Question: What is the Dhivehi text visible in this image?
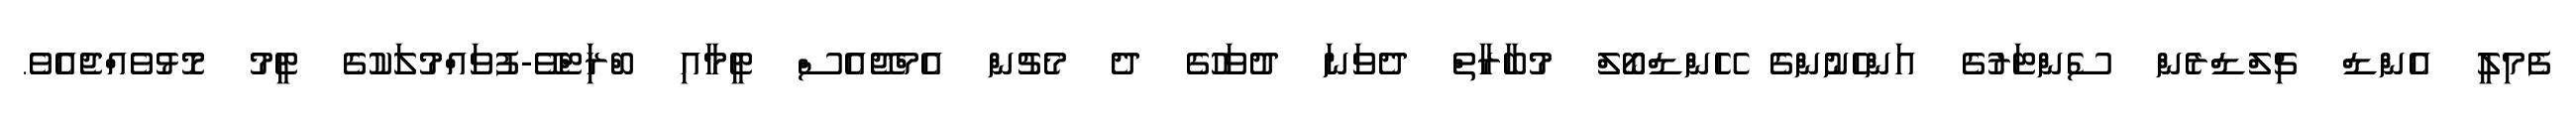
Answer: ފެމިލީ އެންޑް ޗިލްޑްރެން ސެންޓަރުގެ އަންހެނުންގެ ހޭންޑްބޯލް މުބާރާތް ދެވަނަ ދުވަހުގެ ދެ މެޗުން އެމްޖޭއެސް ޓީމާއި ބްރަިޓްވޭ-ފުވައްމުލަކުގެ ޓީމު މޮޅުވެއްޖެއެވެ.